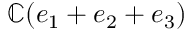
\mathbb { C } ( e _ { 1 } + e _ { 2 } + e _ { 3 } )